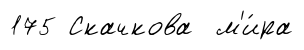
175 Скачкова м'и́ра